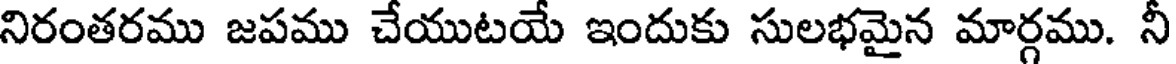
నిరంతరము జపము చేయుటయే ఇందుకు సులభమైన మార్గము. నీ